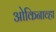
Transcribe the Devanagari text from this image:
ओकिनाव्हा